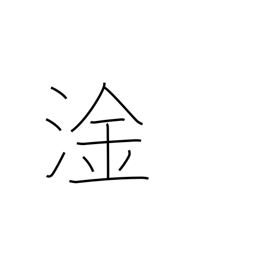
Meaning: bilge water